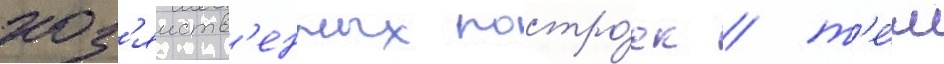
хоз'яиств'енных постро́ек / т'е́м